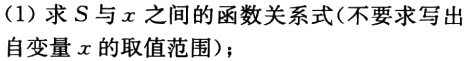
(1)求\(S\)与\(x\)之间的函数关系式(不要求写出自变量\(x\)的取值范围)；